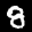
Label: 8